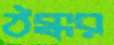
ঠক্কর